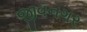
જીવનગર